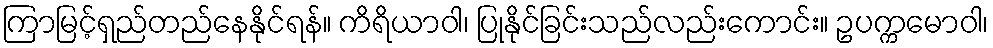
ကြာမြင့်ရှည်တည်နေနိုင်ရန်။ ကိရိယာဝါ၊ ပြုနိုင်ခြင်းသည်လည်းကောင်း။ ဥပက္ကမောဝါ၊